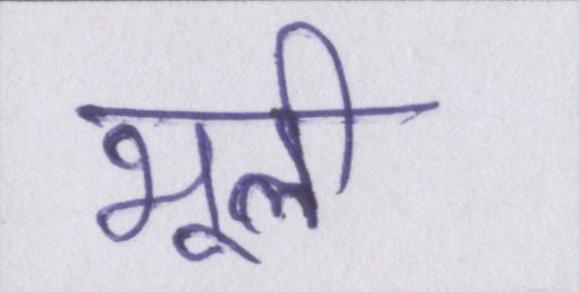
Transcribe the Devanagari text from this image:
भूली